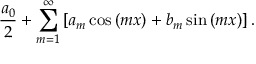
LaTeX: { \frac { a _ { 0 } } { 2 } } + \sum _ { m = 1 } ^ { \infty } \left[ a _ { m } \cos \left( m x \right) + b _ { m } \sin \left( m x \right) \right] .